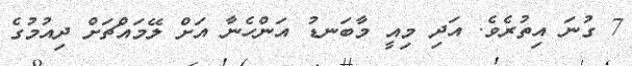
7 ގުނަ އިތުރެވެ. އަދި މިއީ މާބަނޑު އަންހެނާ އަށް ލޭމައްޗަށް ދިއުމުގެ